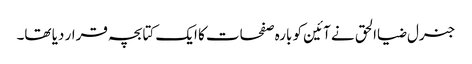
جنرل ضیاالحق نے آئین کو بارہ صفحات کا ایک کتابچہ قرار دیا تھا۔